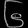
Digit: ၆